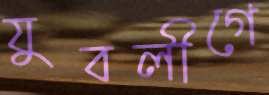
যুবলীগে